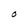
Character: O